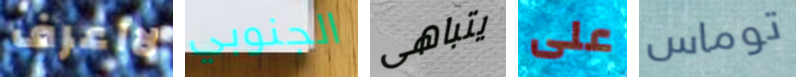
لااعرف الجنوبي يتباهى على توماس